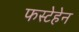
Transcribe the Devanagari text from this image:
फस्टेहेन